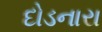
દોડનારા